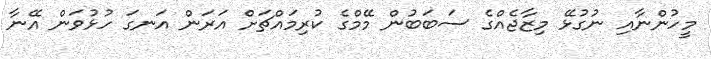
މީހުންނާއި ނުގުޅޭ މިޒާޖެއްގެ ސަބަބުން މޭމްގެ ކުރިމައްޗަށް އަރަން އަނގަ ހުޅުވަން އޭނާ